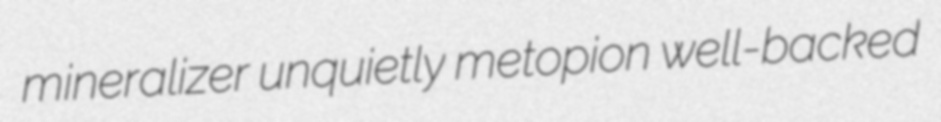
mineralizer unquietly metopion well-backed